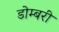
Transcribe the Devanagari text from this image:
डोम्‍बरी